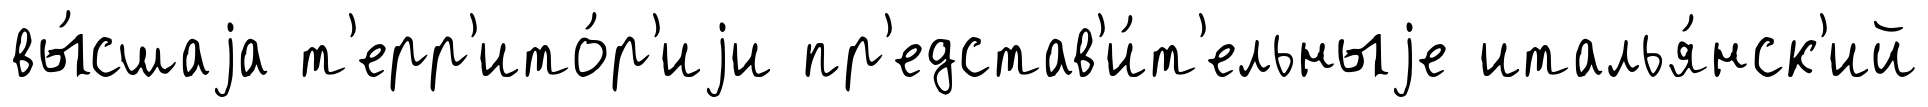
вы́сшаjа т'ерр'ито́р'иjи пр'едстав'и́т'ельныjе италья́нск'ий